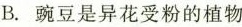
B.豌豆是异花受粉的植物